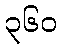
၃၆၀